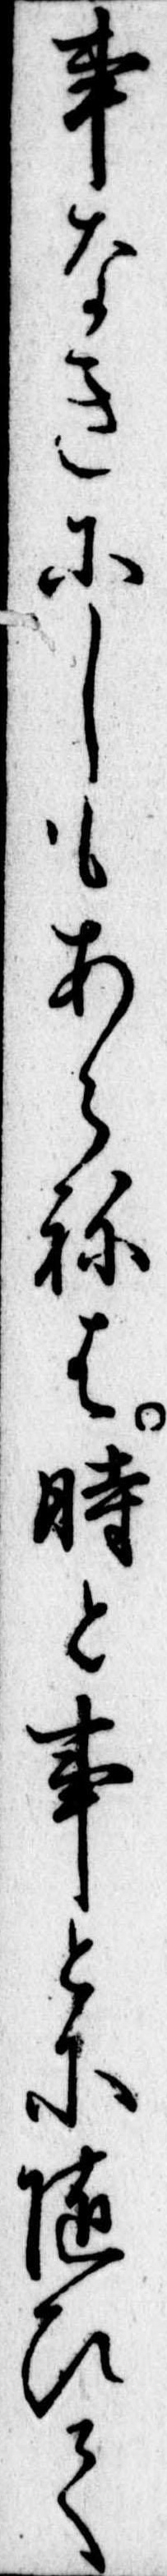
事なきにしもあらねは時と事とに随ひて